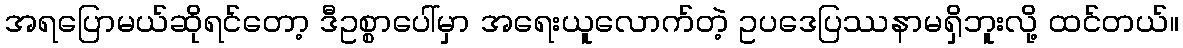
အရပြောမယ်ဆိုရင်တော့ ဒီဥစ္စာပေါ်မှာ အရေးယူလောက်တဲ့ ဥပဒေပြဿနာမရှိဘူးလို့ ထင်တယ်။